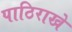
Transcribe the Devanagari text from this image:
पाठिराखे